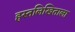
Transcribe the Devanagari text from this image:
हस्तलिखिताला